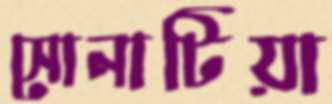
সোনাটিয়া